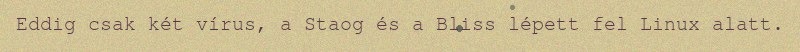
Eddig csak két vírus, a Staog és a Bliss lépett fel Linux alatt.